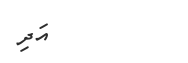
އަދި